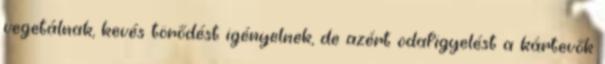
vegetálnak, kevés törődést igényelnek, de azért odafigyelést a kártevők